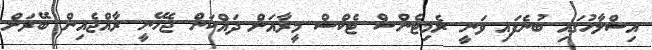
އިސްލާހުގައި ބުނެފައި ވަނީ ރެމިޓެންސް ޓެކްސް މީރާއަށް ދައްކަން ޖެހޭނީ ރާއްޖެއިން ބޭރަށް